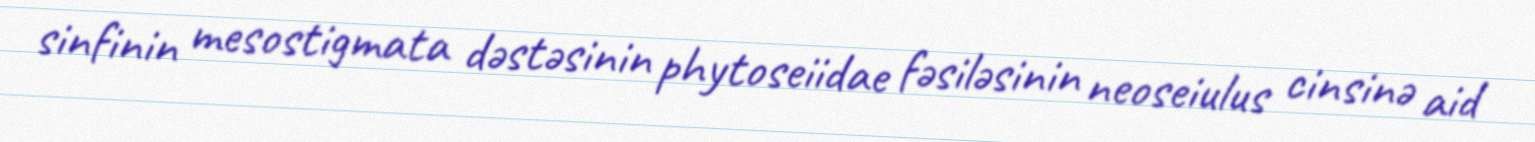
sinfinin mesostigmata dəstəsinin phytoseiidae fəsiləsinin neoseiulus cinsinə aid